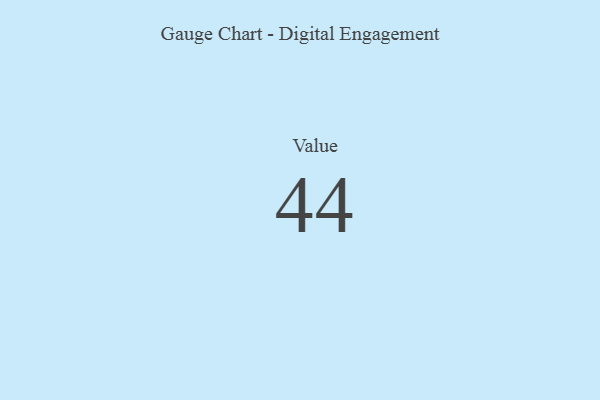
{"axis": {"x": "Metric", "y": "Value"}, "legend": [""], "data": [{"x": "Value", "y": 44, "type": ""}]}